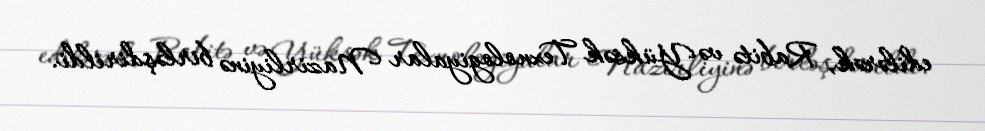
edilərək, Rabitə və Yüksək Texnologiyalar Nazirliyinə birləşdirildi.